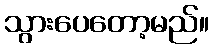
သွားပေတော့မည်။